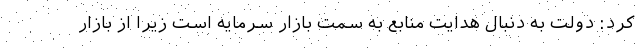
کرد: دولت به دنبال هدایت منابع به سمت بازار سرمایه است زیرا از بازار